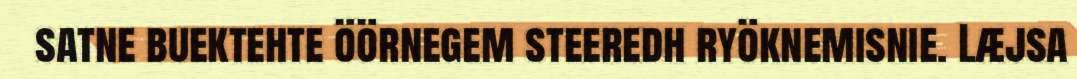
satne buektehte öörnegem steeredh ryöknemisnie. Læjsa